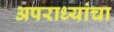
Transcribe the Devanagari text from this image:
अपराध्यांचा